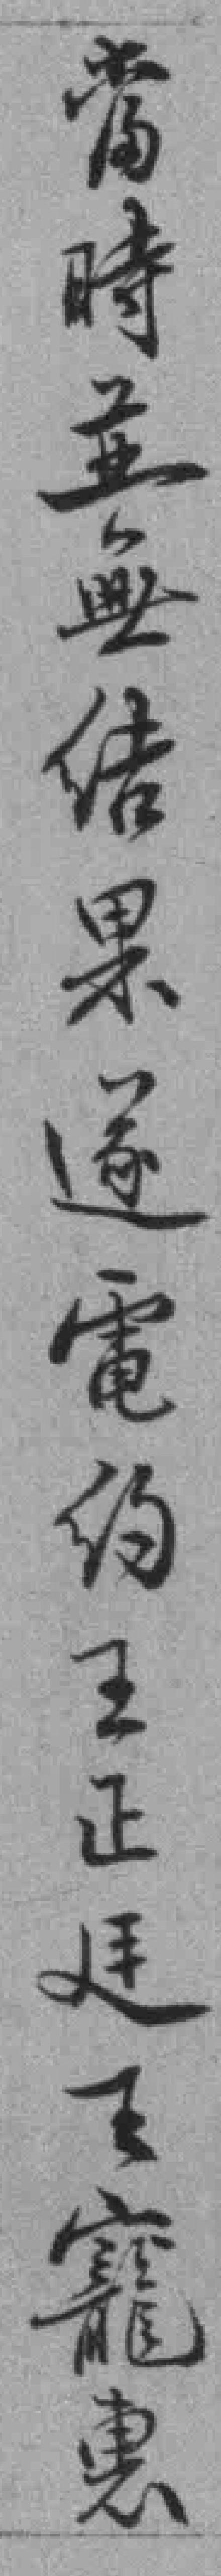
當時並無结果遂電约王正廷王寵惠